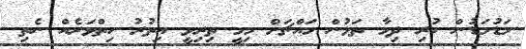
މަޑުމަޑުން ހުރި ދިމާ ތަޅުން މައްޗަށް މިމީ ތިރިވީ އިތުރު ހިތްވަރެއް ނެތި